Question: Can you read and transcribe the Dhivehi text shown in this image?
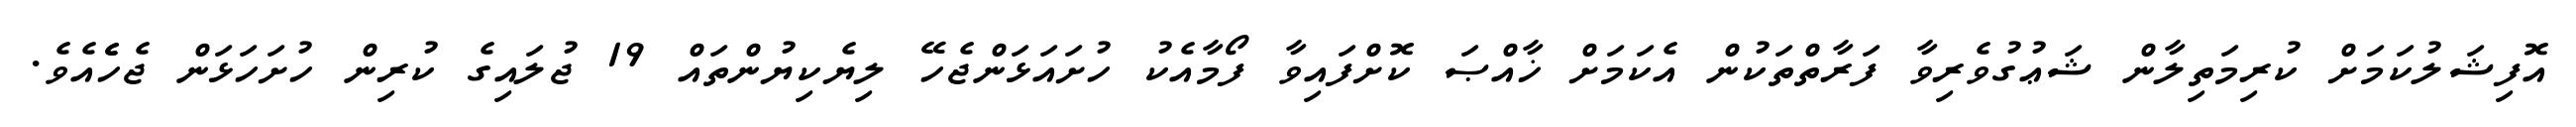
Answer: އޮފިޝަލުކަމަށް ކުރިމަތިލާން ޝަޢުގުވެރިވާ ފަރާތްތަކުން އެކަމަށް ޚާއްޞަ ކޮށްފައިވާ ފޯމާއެކު ހުށައަޅަންޖެހޭ ލިޔެކިޔުންތައް 19 ޖުލައިގެ ކުރިން ހުށަހަޅަން ޖެހެެއެވެ.